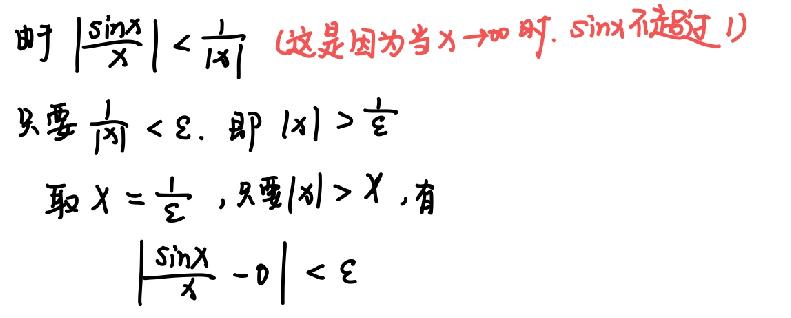
时 $\left|\frac{\sin x}{x}\right|<\frac{1}{|x|}$ (这是因为当 $x \to \infty$ 时, $\sin x$ 不超过 1)
只要 $\frac{1}{|x|}<\varepsilon$, 即 $|x|>\frac{1}{\varepsilon}$
取 $X = \frac{1}{\varepsilon}$, 只要 $|x|>X$, 有
$\left|\frac{\sin x}{x}-0\right|<\varepsilon$